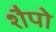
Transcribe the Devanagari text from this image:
शैपो